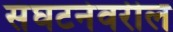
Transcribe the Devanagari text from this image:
संघटनेवरील